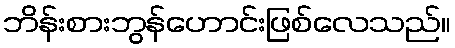
ဘိန်းစားဘွန်ဟောင်းဖြစ်လေသည်။